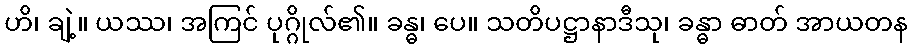
ဟိ၊ ချဲ့။ ယဿ၊ အကြင် ပုဂ္ဂိုလ်၏။ ခန္ဓ၊ ပေ။ သတိပဋ္ဌာနာဒီသု၊ ခန္ဓာ ဓာတ် အာယတန